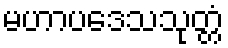
မဟာပဒေသသုတ္တံ